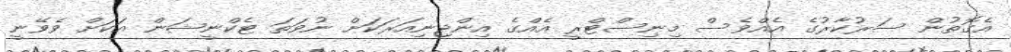
އެގޮތުން ސަރުކާރުގެ އެއްވެސް މިނިސްޓްރީ އެއްގެ އިންޖިނިއަރަކަށް ނުވަތަ ޓެކްނީޝަން އަކަށް ވެވޭނީ